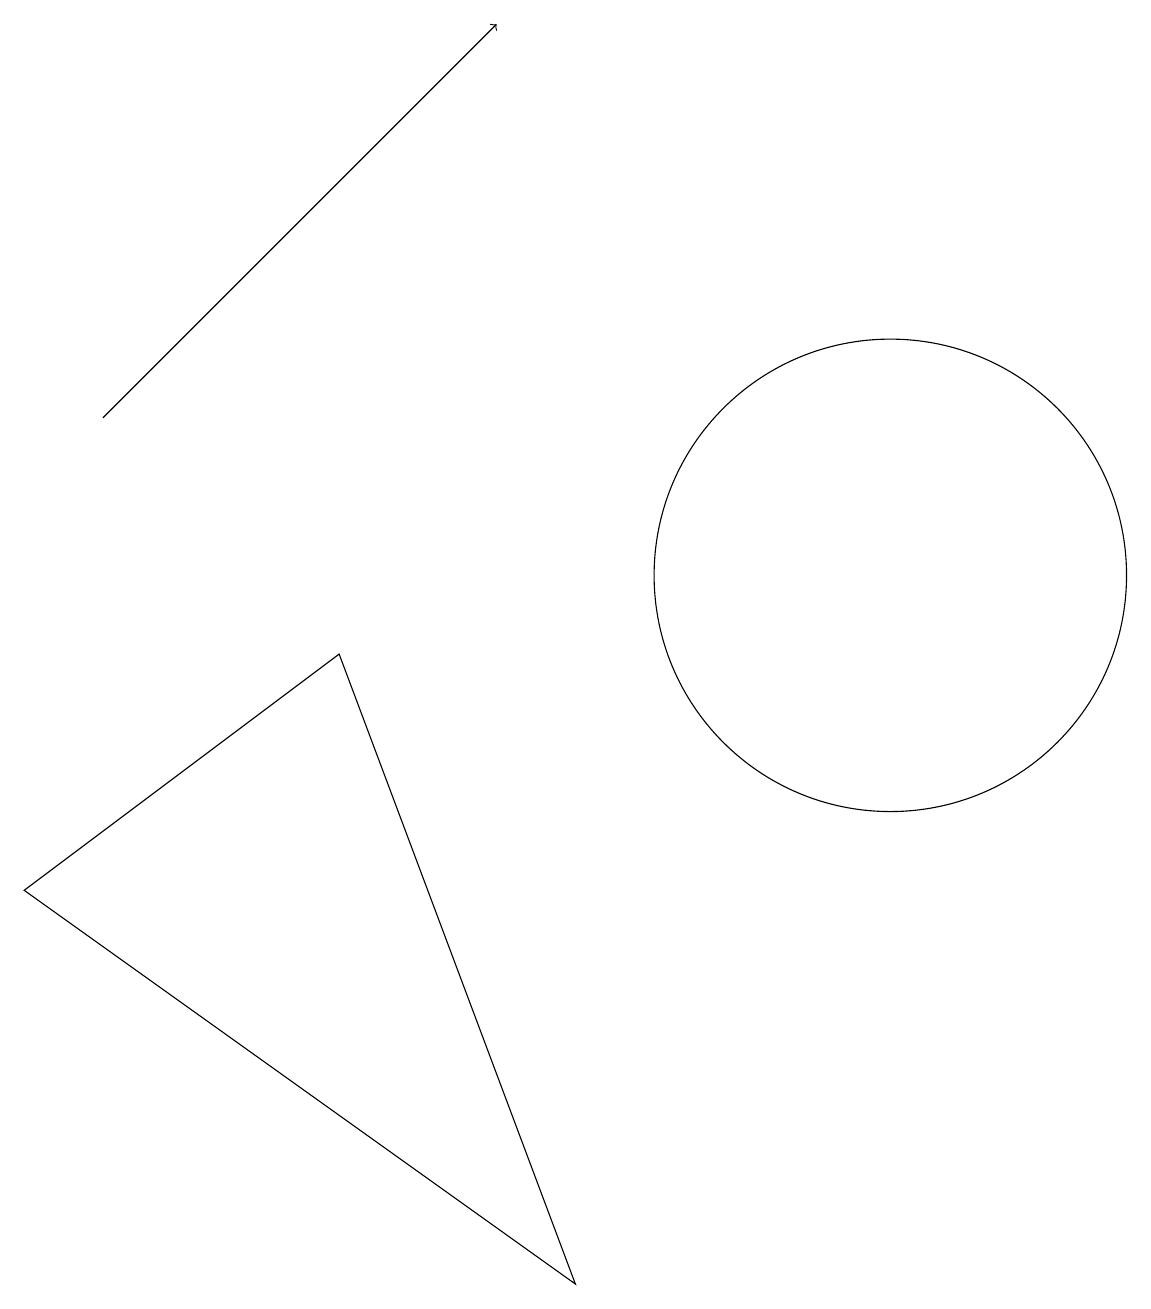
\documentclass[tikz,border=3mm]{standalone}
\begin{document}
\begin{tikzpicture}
\draw (12,10) circle (3);
\draw[->] (2,12) -- (7,17);
\draw (1,6) -- (8,1) -- (5,9) -- cycle;
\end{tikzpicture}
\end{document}